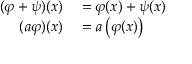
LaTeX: \begin{array} { r l } { ( \varphi + \psi ) ( x ) } & { { } = \varphi ( x ) + \psi ( x ) } \\ { ( a \varphi ) ( x ) } & { { } = a \left( \varphi ( x ) \right) } \end{array}